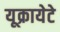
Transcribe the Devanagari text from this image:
यूक्रायेटे